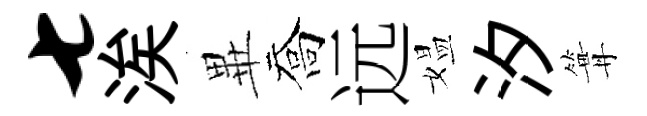
七涘𭺾喬远媪汐篝